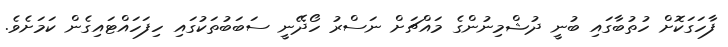
ފާހަގަކޮށް ހުތުބާގައި ބުނީ ދުޝްމިނުންގެ މައްޗަށް ނަސްރު ހޯދޭނީ ސަބަބުތަކުގައި ހިފަހައްޓައިގެން ކަމަށެވެ.